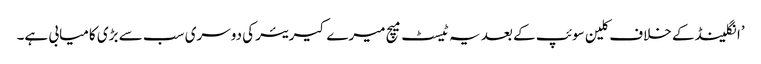
’انگلینڈ کے خلاف کلین سوئپ کے بعد یہ ٹیسٹ میچ میرے کیریئر کی دوسری سب سے بڑی کامیابی ہے۔